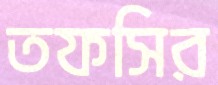
তফসির